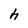
Character: h